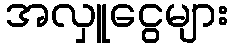
အလှူငွေများ